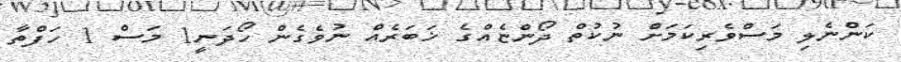
ކަންނެލި މަސްވެރިކަމަށް ނުކުތް ދޯންޏެއްގެ ޚަބަރެއް ނުވެގެން ހޯދަނީ1 މަސް 1 ހަފްތާ